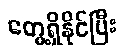
တွေ့ရှိနိုင်ပြီး